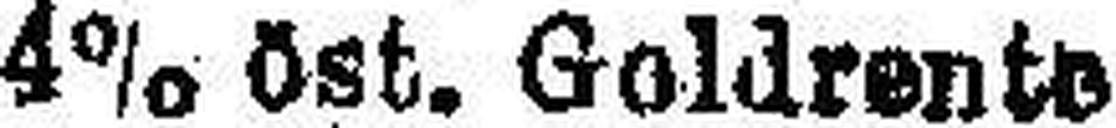
4% ost. Goldrente.